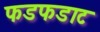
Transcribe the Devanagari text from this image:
फडफडाट